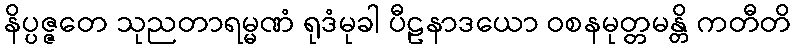
နိပ္ပဇ္ဇတေ သုညတာရမ္မဏံ ရုဒံမုခါ ပီဠနာဒယော ဝစနမုတ္တမန္တိ ကတီတိ